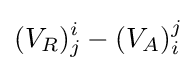
(V_{R})_{j}^{i}-(V_{A})_{i}^{j}